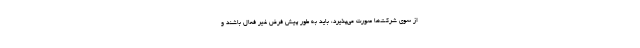
از سوی شرکت‌ها صورت می‌پذیرد، باید به طور پیش فرض غیر فعال باشند و